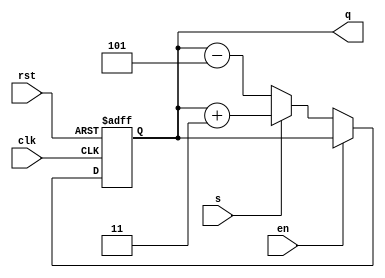
`timescale 1ns / 1ps
//////////////////////////////////////////////////////////////////////////////////
// Company: 
// Engineer: 
// 
// Design Name: 
// Module Name: counter
// Project Name: 
// Target Devices: 
// Tool Versions: 
// Description: 
// 
// Dependencies: 
// 
// Revision:
// Revision 0.01 - File Created
// Additional Comments:
// 
//////////////////////////////////////////////////////////////////////////////////


module counter(q,s,en,rst,clk);
output [3:0]q;  //count
input clk;      //trigger
input en;       //active high enable
input rst;      //active low reset
input s;        //select line
reg [3:0]q;     
always @(posedge clk or negedge rst) //positive edge of clk
begin
if(rst==1'b0)
q=4'b0000;//reset to 0000

else if(en==1'b1)
q=q;                    //hold the output

else if(en==1'b0)
begin
if(s==1) q<=q+3;    //up count
if(s==1'b0) q<=q-5; //down count
end

end
endmodule